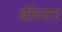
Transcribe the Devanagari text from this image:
वॉल्‍टर